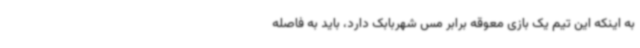
به اینکه این تیم یک بازی معوقه برابر مس شهربابک دارد، باید به فاصله